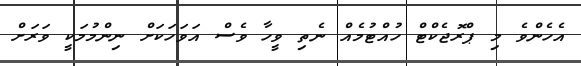
އެހެންވެ މި ޕްރޮޖެކްޓް ހުއްޓުމެއް ނެތި ވީހާ ވެސް އަވަހަކަށް ނިންމުމަކީ ވަރަށް